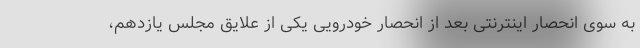
به سوی انحصار اینترنتی بعد از انحصار خودرویی یکی از علایق مجلس یازدهم،